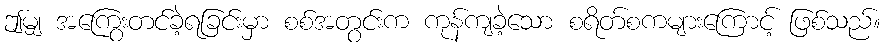
ဤမျှ အကြွေးတင်ခဲ့ရခြင်းမှာ စစ်အတွင်းက ကုန်ကျခဲ့သော စရိတ်စကများကြောင့် ဖြစ်သည်။